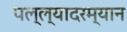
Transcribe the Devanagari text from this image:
पल्ल्यादरम्यान